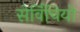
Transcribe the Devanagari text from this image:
सेर्विचियो